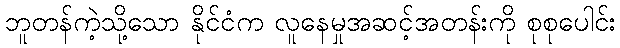
ဘူတန်ကဲ့သို့သော နိုင်ငံက လူနေမှုအဆင့်အတန်းကို စုစုပေါင်း